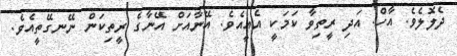
ދެލޮލެވެ. އާހް. އަދި ރީތިވާ ކަމަކީ އެއީއެވެ. އޭނާއަށް އޭނާގެ ރީތިކަން ނޭނގޭތީއެވެ.